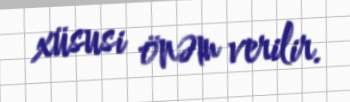
xüsusi önəm verilir.